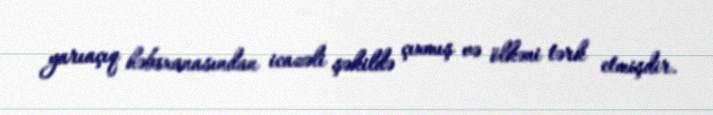
yarıaçıq həbsxanasından icazəli şəkildə çıxmış və ölkəni tərk etmişdir.